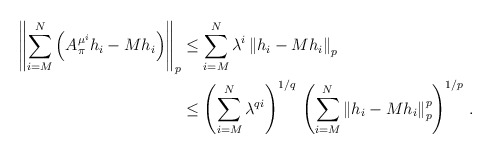
\begin{align*}\left\| \sum_{i=M}^N \left( A^{\mu^i}_\pi h_i - M{h_i} \right) \right\|_p & \le \sum_{i=M}^N \lambda^i \left\| h_i - M{h_i} \right\|_p\\&\le \left(\sum_{i=M}^N \lambda^{qi}\right)^{1/q}\, \left( \sum_{i=M}^N \left\| h_i - M{h_i} \right\|_p^p \right)^{1/p}\, .\end{align*}